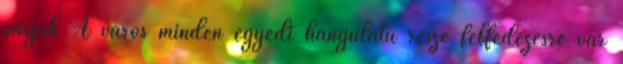
várjuk A város minden egyedi hangulatú része felfedezésre vár